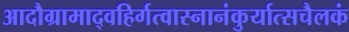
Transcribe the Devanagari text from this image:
आदौग्रामाद्वहिर्गत्वास्नानंकुर्यात्सचैलकं